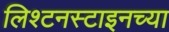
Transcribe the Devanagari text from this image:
लिश्टनस्टाइनच्या